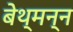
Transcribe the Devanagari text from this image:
बेथ्मन्न